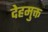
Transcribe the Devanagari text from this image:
देहमुक्त